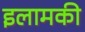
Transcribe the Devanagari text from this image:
इलामकी